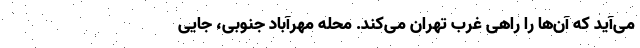
می‌آید که آن‌ها را راهی غرب تهران می‌کند. محله مهرآباد جنوبی، جایی